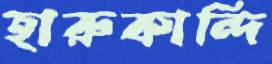
হারুকান্দি